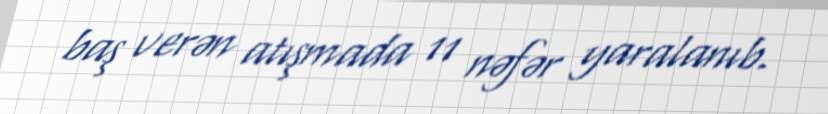
baş verən atışmada 11 nəfər yaralanıb.